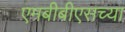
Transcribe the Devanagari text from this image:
एमबीबीएसच्या